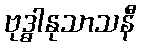
ဗုဒ္ဓါနုသာသနီ